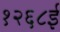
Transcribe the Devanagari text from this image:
१२६८ई